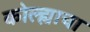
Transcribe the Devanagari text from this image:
कोल्ह्याचा